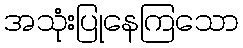
အသုံးပြုနေကြသော